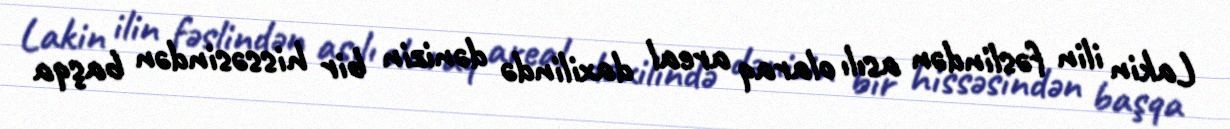
Lakin ilin fəslindən asılı olaraq areal daxilində dənizin bir hissəsindən başqa